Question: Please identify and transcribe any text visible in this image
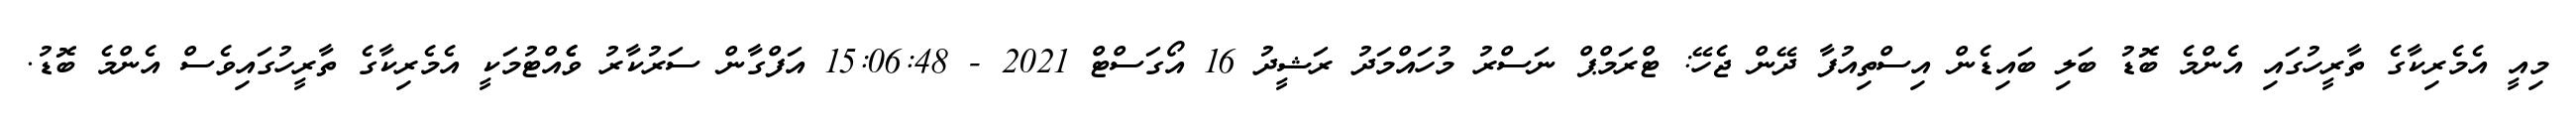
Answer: މިއީ އެމެރިކާގެ ތާރީހުގައި އެންމެ ބޮޑު ބަލި ބައިޑެން އިސްތިއުފާ ދޭން ޖެހޭ: ޓްރަމްޕް ނަސްރު މުހައްމަދު ރަޝީދު 16 އޯގަސްޓް 2021 - 15:06:48 އަފްގާން ސަރުކާރު ވެެއްޓުމަކީ އެމެރިކާގެ ތާރީހުގައިވެސް އެންމެ ބޮޑު.